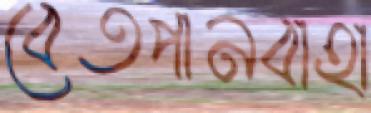
বেতপানবাহা